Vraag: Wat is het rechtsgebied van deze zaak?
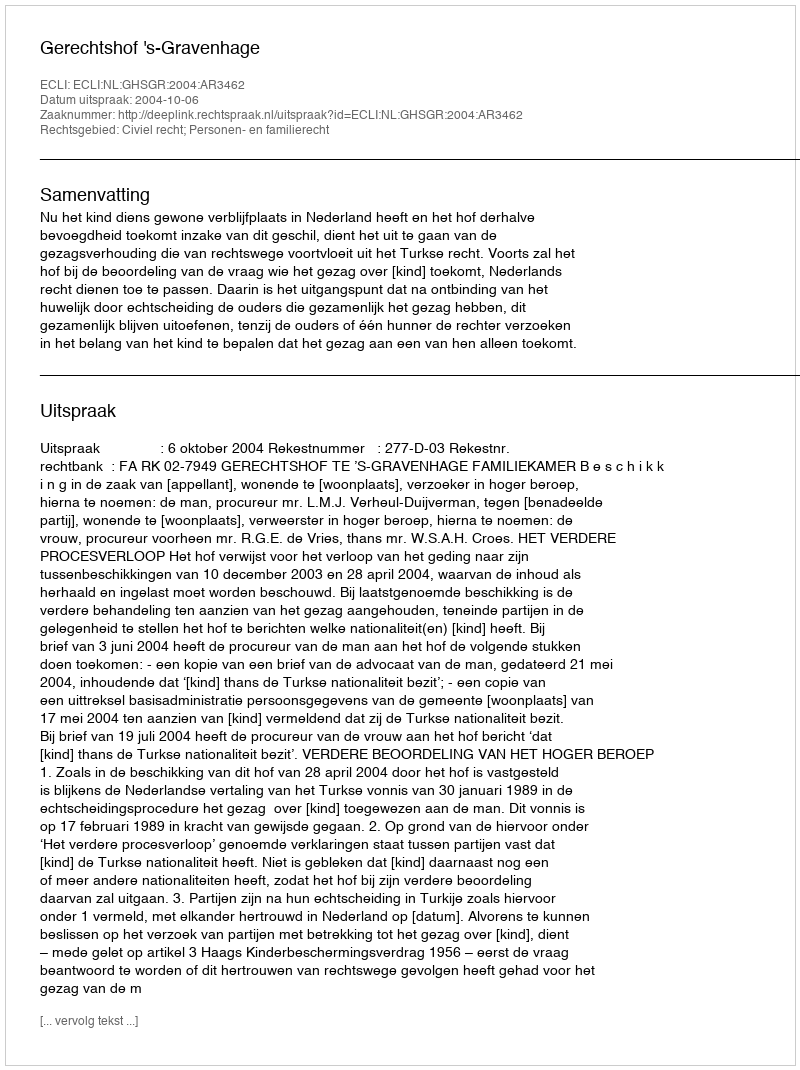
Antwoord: Civiel recht; Personen- en familierecht